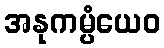
အနုကမ္ပံယေဝ